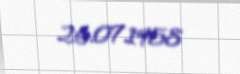
26.07.1958